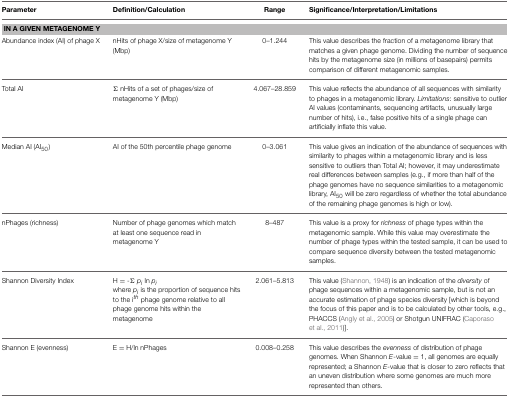
<table><thead><tr><td><b>Parameter</b></td><td><b>Definition/Calculation</b></td><td><b>Range</b></td><td><b>Significance/Interpretation/Limitations</b></td></tr></thead><tbody><tr><td colspan="4"><b>IN A GIVEN METAGENOME Y</b></td></tr><tr><td>Abundance index (AI) of phage X</td><td>nHits of phage X/size of metagenome Y (Mbp)</td><td>0–1.244</td><td>This value describes the fraction of a metagenome library that matches a given phage genome. Dividing the number of sequence hits by the metagenome size (in millions of basepairs) permits comparison of different metagenomic samples.</td></tr><tr><td>Total AI</td><td>Σ nHits of a set of phages/size of metagenome Y (Mbp)</td><td>4.067–28.859</td><td>This value reflects the abundance of all sequences with similarity to phages in a metagenomic library. <i>Limitations</i>: sensitive to outlier AI values (contaminants, sequencing artifacts, unusually large number of hits), i.e., false positive hits of a single phage can artificially inflate this value.</td></tr><tr><td>Median AI (AI<sub>50</sub>)</td><td>AI of the 50th percentile phage genome</td><td>0–3.061</td><td>This value gives an indication of the abundance of sequences with similarity to phages within a metagenomic library and is less sensitive to outliers than Total AI; however, it may underestimate real differences between samples (e.g., if more than half of the phage genomes have no sequence similarities to a metagenomic library, AI<sub>50</sub> will be zero regardless of whether the total abundance of the remaining phage genomes is high or low).</td></tr><tr><td>nPhages (richness)</td><td>Number of phage genomes which match at least one sequence read in metagenome Y</td><td>8–487</td><td>This value is a proxy for <i>richness</i> of phage types within the metagenomic sample. While this value may overestimate the number of phage types within the tested sample, it can be used to compare sequence diversity between the tested metagenomic samples.</td></tr><tr><td>Shannon Diversity Index</td><td>H = -Σ <i>p<sub>i</sub></i> ln <i>p<sub>i</sub></i>where <i>p<sub>i</sub></i> is the proportion of sequence hits to the i<sup><i>th</i></sup> phage genome relative to all phage genome hits within the metagenome</td><td>2.061–5.813</td><td>This value (Shannon, 1948) is an indication of the <i>diversity</i> of phage sequences within a metagenomic sample, but is not an accurate estimation of phage species diversity [which is beyond the focus of this paper and is to be calculated by other tools, e.g., PHACCS (Angly et al., 2005) or Shotgun UNIFRAC (Caporaso et al., 2011)].</td></tr><tr><td>Shannon E (evenness)</td><td>E = H/ln nPhages</td><td>0.008–0.258</td><td>This value describes the <i>evenness</i> of distribution of phage genomes. When Shannon <i>E</i>-value = 1, all genomes are equally represented; a Shannon <i>E</i>-value that is closer to zero reflects that an uneven distribution where some genomes are much more represented than others.</td></tr></tbody></table>